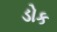
ડોક